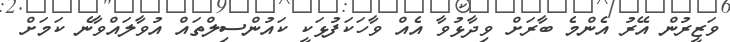
ވަޒީރުން އޭރު އެންމެ ބާރަށް ވިދާޅުވާ އެއް ވާހަކަފުޅަކީ ކައުންސިލްތައް އުވާލައްވާނެ ކަމަށް